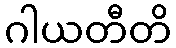
ဂါယတီတိ